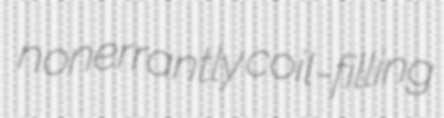
nonerrantly coil-filling